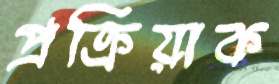
প্রক্রিয়াক